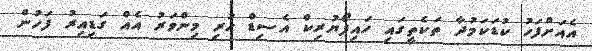
އެއަށްފަހު ކުޑަކަމުދާ ތަކެތީގައި ހައިޕޯޔުރިކް އެސިޑް ހުރި މިންވަރު އެއް ގަޑިއިރު ފަހުން